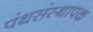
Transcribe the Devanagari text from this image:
पंथसंस्थापक